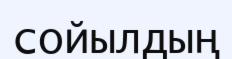
сойылдың